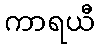
ကာရယီ